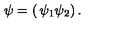
\psi = \left( \begin{matrix} { \psi _ { 1 } } \\ { \psi _ { 2 } } \\ \end{matrix} \right) .